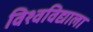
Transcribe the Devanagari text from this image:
विश्वविद्याला